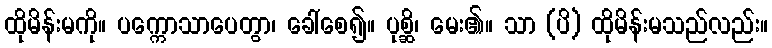
ထိုမိန်းမကို။ ပက္ကောသာပေတွာ၊ ခေါ်စေ၍။ ပုစ္ဆိ၊ မေး၏။ သာ (ပိ) ထိုမိန်းမသည်လည်း။